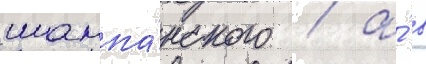
шампа́нского / а́ в